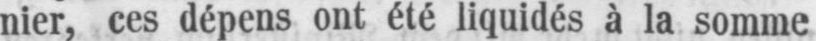
nier, ces dépens ont été liquidés à la somme